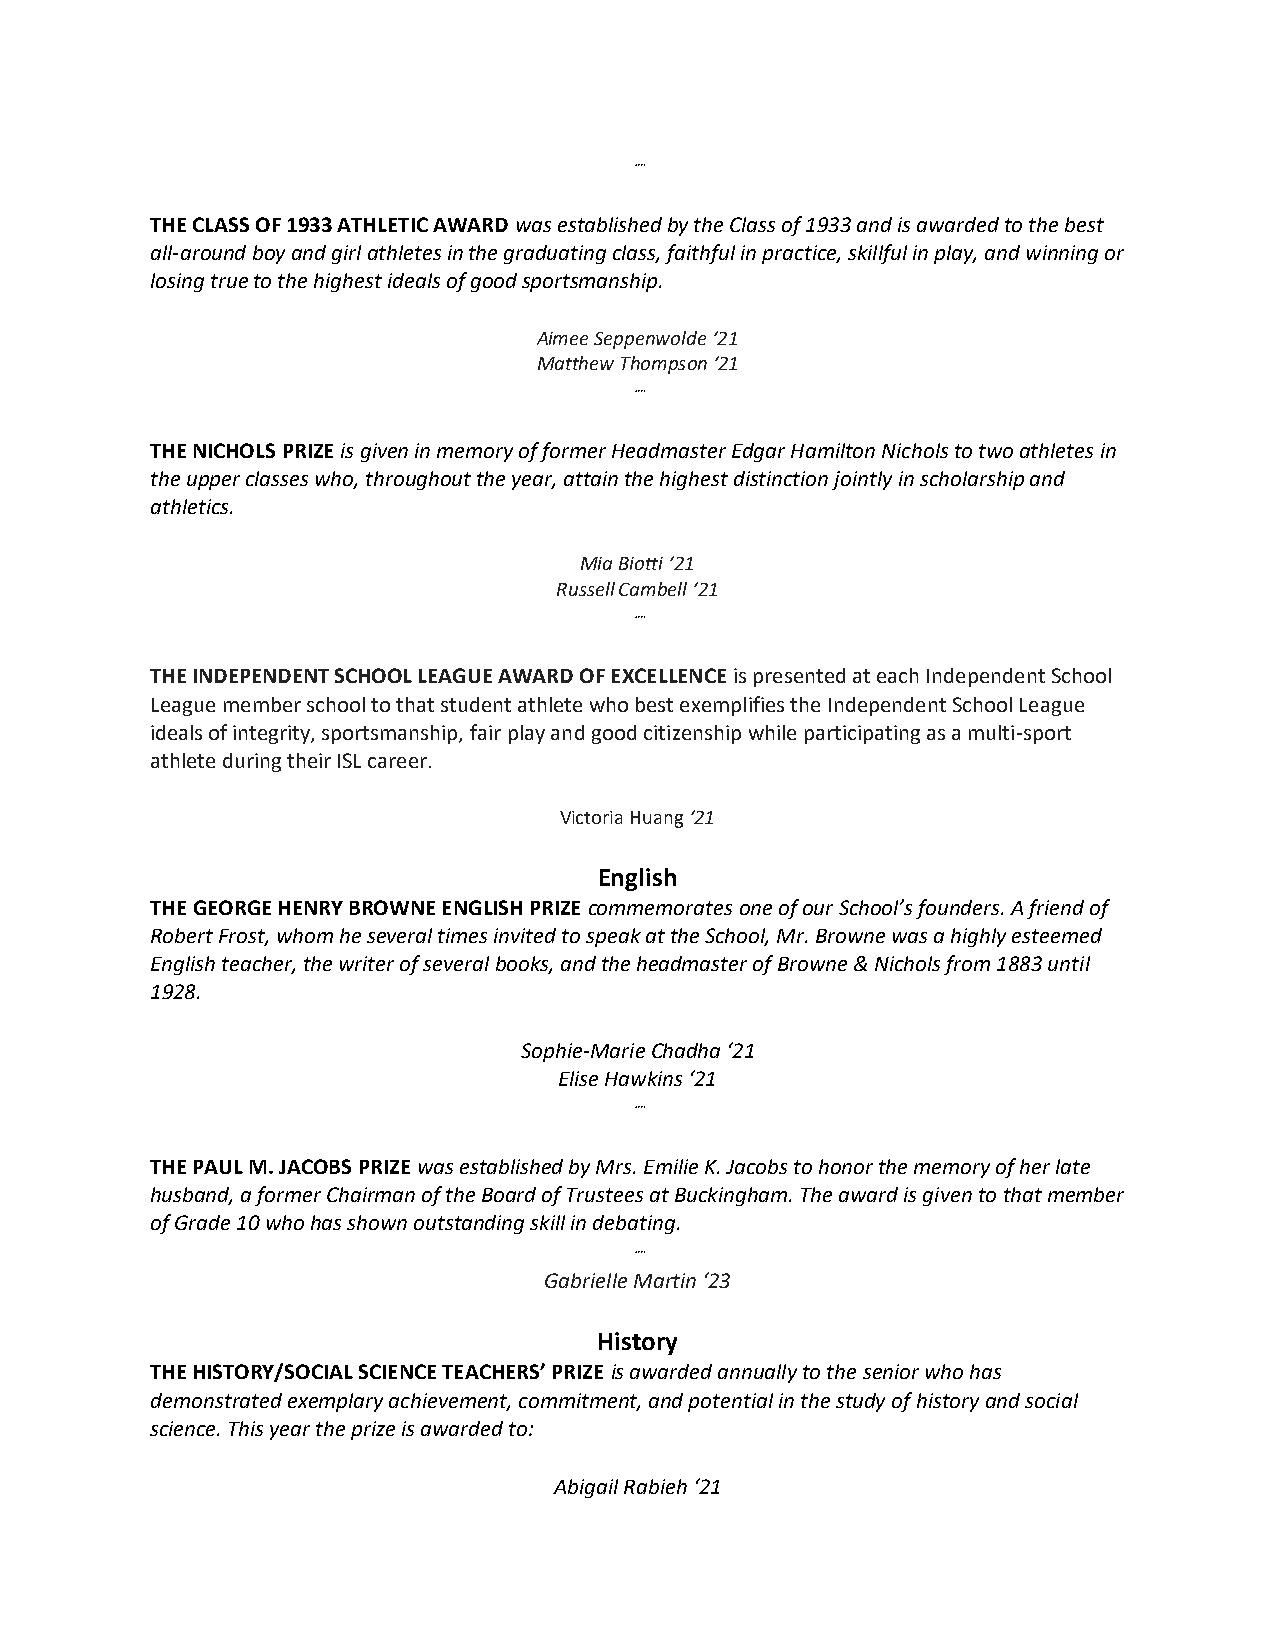
┉
 THE CLASS OF 1933 ATHLETIC AWARD was established by the Class of 1933 and is awarded to the best
 all-around boy and girl athletes in the graduating class, faithful in practice, skillful in play, and winning or
 losing true to the highest ideals of good sportsmanship.
 Aimee Seppenwolde ‘21
 Matthew Thompson ‘21
 ┉
 THE NICHOLS PRIZE is given in memory of former Headmaster Edgar Hamilton Nichols to two athletes in
 the upper classes who, throughout the year, attain the highest distinction jointly in scholarship and
 athletics.
 Mia Biotti ‘21
 Russell Cambell ‘21
 ┉
 THE INDEPENDENT SCHOOL LEAGUE AWARD OF EXCELLENCE is presented at each Independent School
 League member school to that student athlete who best exemplifies the Independent School League
 ideals of integrity, sportsmanship, fair play and good citizenship while participating as a multi-sport
 athlete during their ISL career.
 Victoria Huang ‘21
 English
 THE GEORGE HENRY BROWNE ENGLISH PRIZE commemorates one of our School’s founders. A friend of
 Robert Frost, whom he several times invited to speak at the School, Mr. Browne was a highly esteemed
 English teacher, the writer of several books, and the headmaster of Browne & Nichols from 1883 until
 1928.
 Sophie-Marie Chadha ‘21
 Elise Hawkins ‘21
 ┉
 THE PAUL M. JACOBS PRIZE was established by Mrs. Emilie K. Jacobs to honor the memory of her late
 husband, a former Chairman of the Board of Trustees at Buckingham. The award is given to that member
 of Grade 10 who has shown outstanding skill in debating.
 ┉
 Gabrielle Martin ‘23
 History
 THE HISTORY/SOCIAL SCIENCE TEACHERS’ PRIZE is awarded annually to the senior who has
 demonstrated exemplary achievement, commitment, and potential in the study of history and social
 science. This year the prize is awarded to:
 Abigail Rabieh ‘21